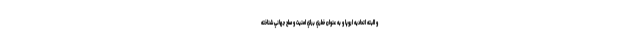
و البته اتحاديه اروپا و به عنوان خطري براي امنيت و صلح جهاني شناخته